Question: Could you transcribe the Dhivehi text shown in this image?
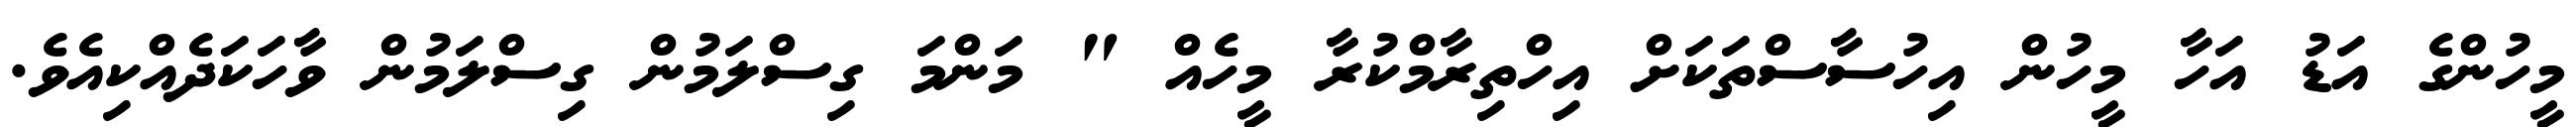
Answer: މީހުންގެ އަޑު އަހާ މީހުން އިހުސާސްތަކަށް އިހްތިރާމްކުރާ މީހެއް " މަންމަ ގިސްލަމުން ގިސްލަމުން ވާހަކަދެއްކިއެވެ.